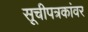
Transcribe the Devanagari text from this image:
सूचीपत्रकांवर